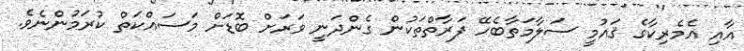
އާއި އެމެރިކާގެ ޤައުމީ ސަލާމަތާބެހޭ ފަރާތްތަކުން ގެންދަނީ ވަރަށް ބޮޑަށް މަސައްކަތް ކުރަމުންނެވެ.